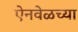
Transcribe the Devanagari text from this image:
ऐनवेळच्या